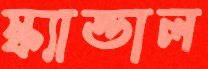
স্ক্যান্ডাল